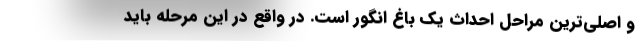
و اصلی‌ترین مراحل احداث یک باغ انگور است. در واقع در این مرحله باید